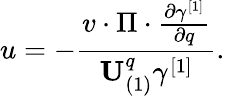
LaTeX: u=-\frac{v\cdot\Pi\cdot\frac{\partial\gamma^{[1]}}{\partial q}}{\mathbf{U}_{(1)}^{q}\gamma^{[1]}}.